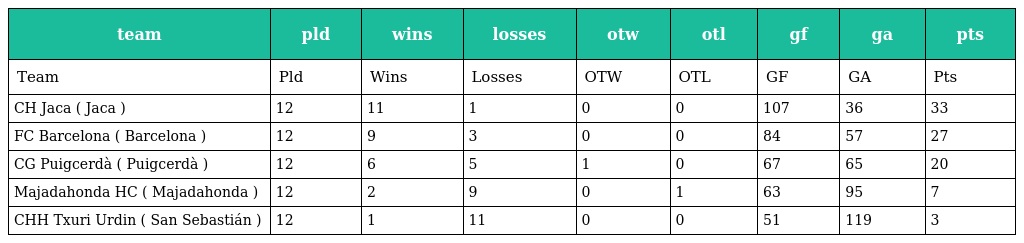
| team | pld | wins | losses | otw | otl | gf | ga | pts |
 | --- | --- | --- | --- | --- | --- | --- | --- | --- |
 | Team | Pld | Wins | Losses | OTW | OTL | GF | GA | Pts |
 | CH Jaca ( Jaca ) | 12 | 11 | 1 | 0 | 0 | 107 | 36 | 33 |
 | FC Barcelona ( Barcelona ) | 12 | 9 | 3 | 0 | 0 | 84 | 57 | 27 |
 | CG Puigcerdà ( Puigcerdà ) | 12 | 6 | 5 | 1 | 0 | 67 | 65 | 20 |
 | Majadahonda HC ( Majadahonda ) | 12 | 2 | 9 | 0 | 1 | 63 | 95 | 7 |
 | CHH Txuri Urdin ( San Sebastián ) | 12 | 1 | 11 | 0 | 0 | 51 | 119 | 3 |